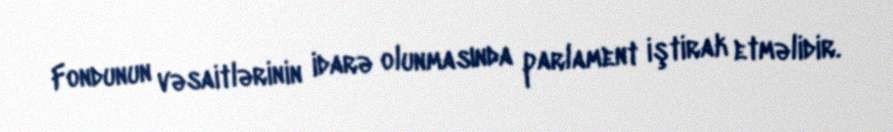
Fondunun vəsaitlərinin idarə olunmasında parlament iştirak etməlidir.